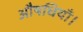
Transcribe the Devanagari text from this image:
औषधियाँ।